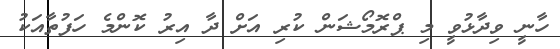
ހާނީ ވިދާޅުވީ މި ޕްރޮމޯޝަން ކުރި އަށް ދާ އިރު ކޮންމެ ހަފުތާއަކު